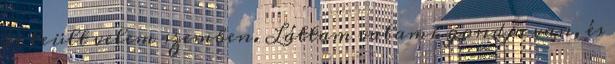
és leült velem szemben. Láttam valami gondja van, és